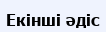
Екінші әдіс